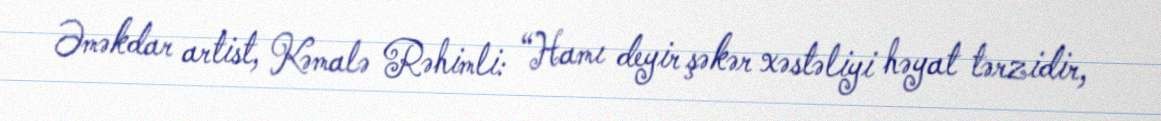
Əməkdar artist, Kəmalə Rəhimli: “Hamı deyir şəkər xəstəliyi həyat tərzidir,